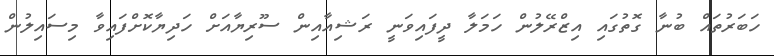
ހަބަރުތައް ބުނާ ގޮތުގައި އިޒްރޭލުން ހަމަލާ ދީފައިވަނީ ރަޝިއާއިން ސޫރިޔާއަށް ހަދިޔާކޮށްފައިވާ މިސައިލުން